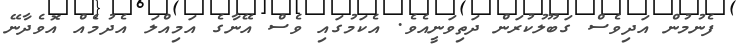
ފެނުމުން އަދިވެސް ގަބޫލުކުރަން ދަތިވަނީއެވެ. އެކަމުގައި ވެސް އޭނާގެ އަމިއްލަ އެދުމެއް އޮވެދާނޭ